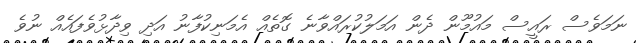
ނަމަވެސް ރައީސް މައުމޫން ދެން އަމަލުކުރައްވާނެ ގޮތެއް އެމަނިކުފާނު އަދި ވިދާޅުވެފައެއް ނުވެ